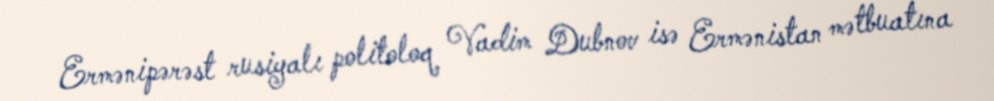
Ermənipərəst rusiyalı politoloq Vadim Dubnov isə Ermənistan mətbuatına